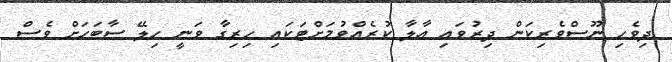
ދިވެހި ނޫސްވެރިކަން ދިރުވައި އާލާ ކުރެއްވުމަށްޓަކައި ހިރިގާ ވަނީ ހިލޭ ސާބަހަށް ވެސް